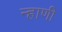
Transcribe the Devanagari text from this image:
न्हाणी